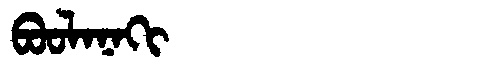
Manchu: ᠪᠣᠣᠯᠠᠨᠠᡴᡳ
Romanization: BOOLANAKI